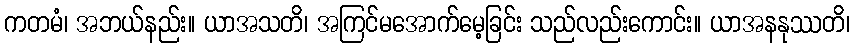
ကတမံ၊ အဘယ်နည်း။ ယာအသတိ၊ အကြင်မအောက်မေ့ခြင်း သည်လည်းကောင်း။ ယာအနနုဿတိ၊